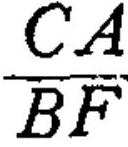
\(\frac{CA}{BF}\)